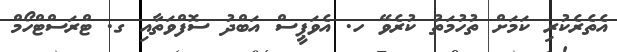
އެތެރެކުރި ކަމަށް ތުހުމަތު ކުރެވޭ ހ. އެވަޕީސް އަބްދު ސޮފްވަތާއި ގ. ޓްރަސްޓްހޯމް